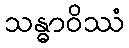
သန္ဓာဝိဿံ